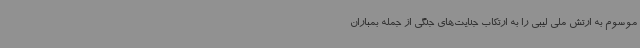
موسوم به ارتش ملی لیبی را به ارتکاب جنایت‌های جنگی از جمله بمباران